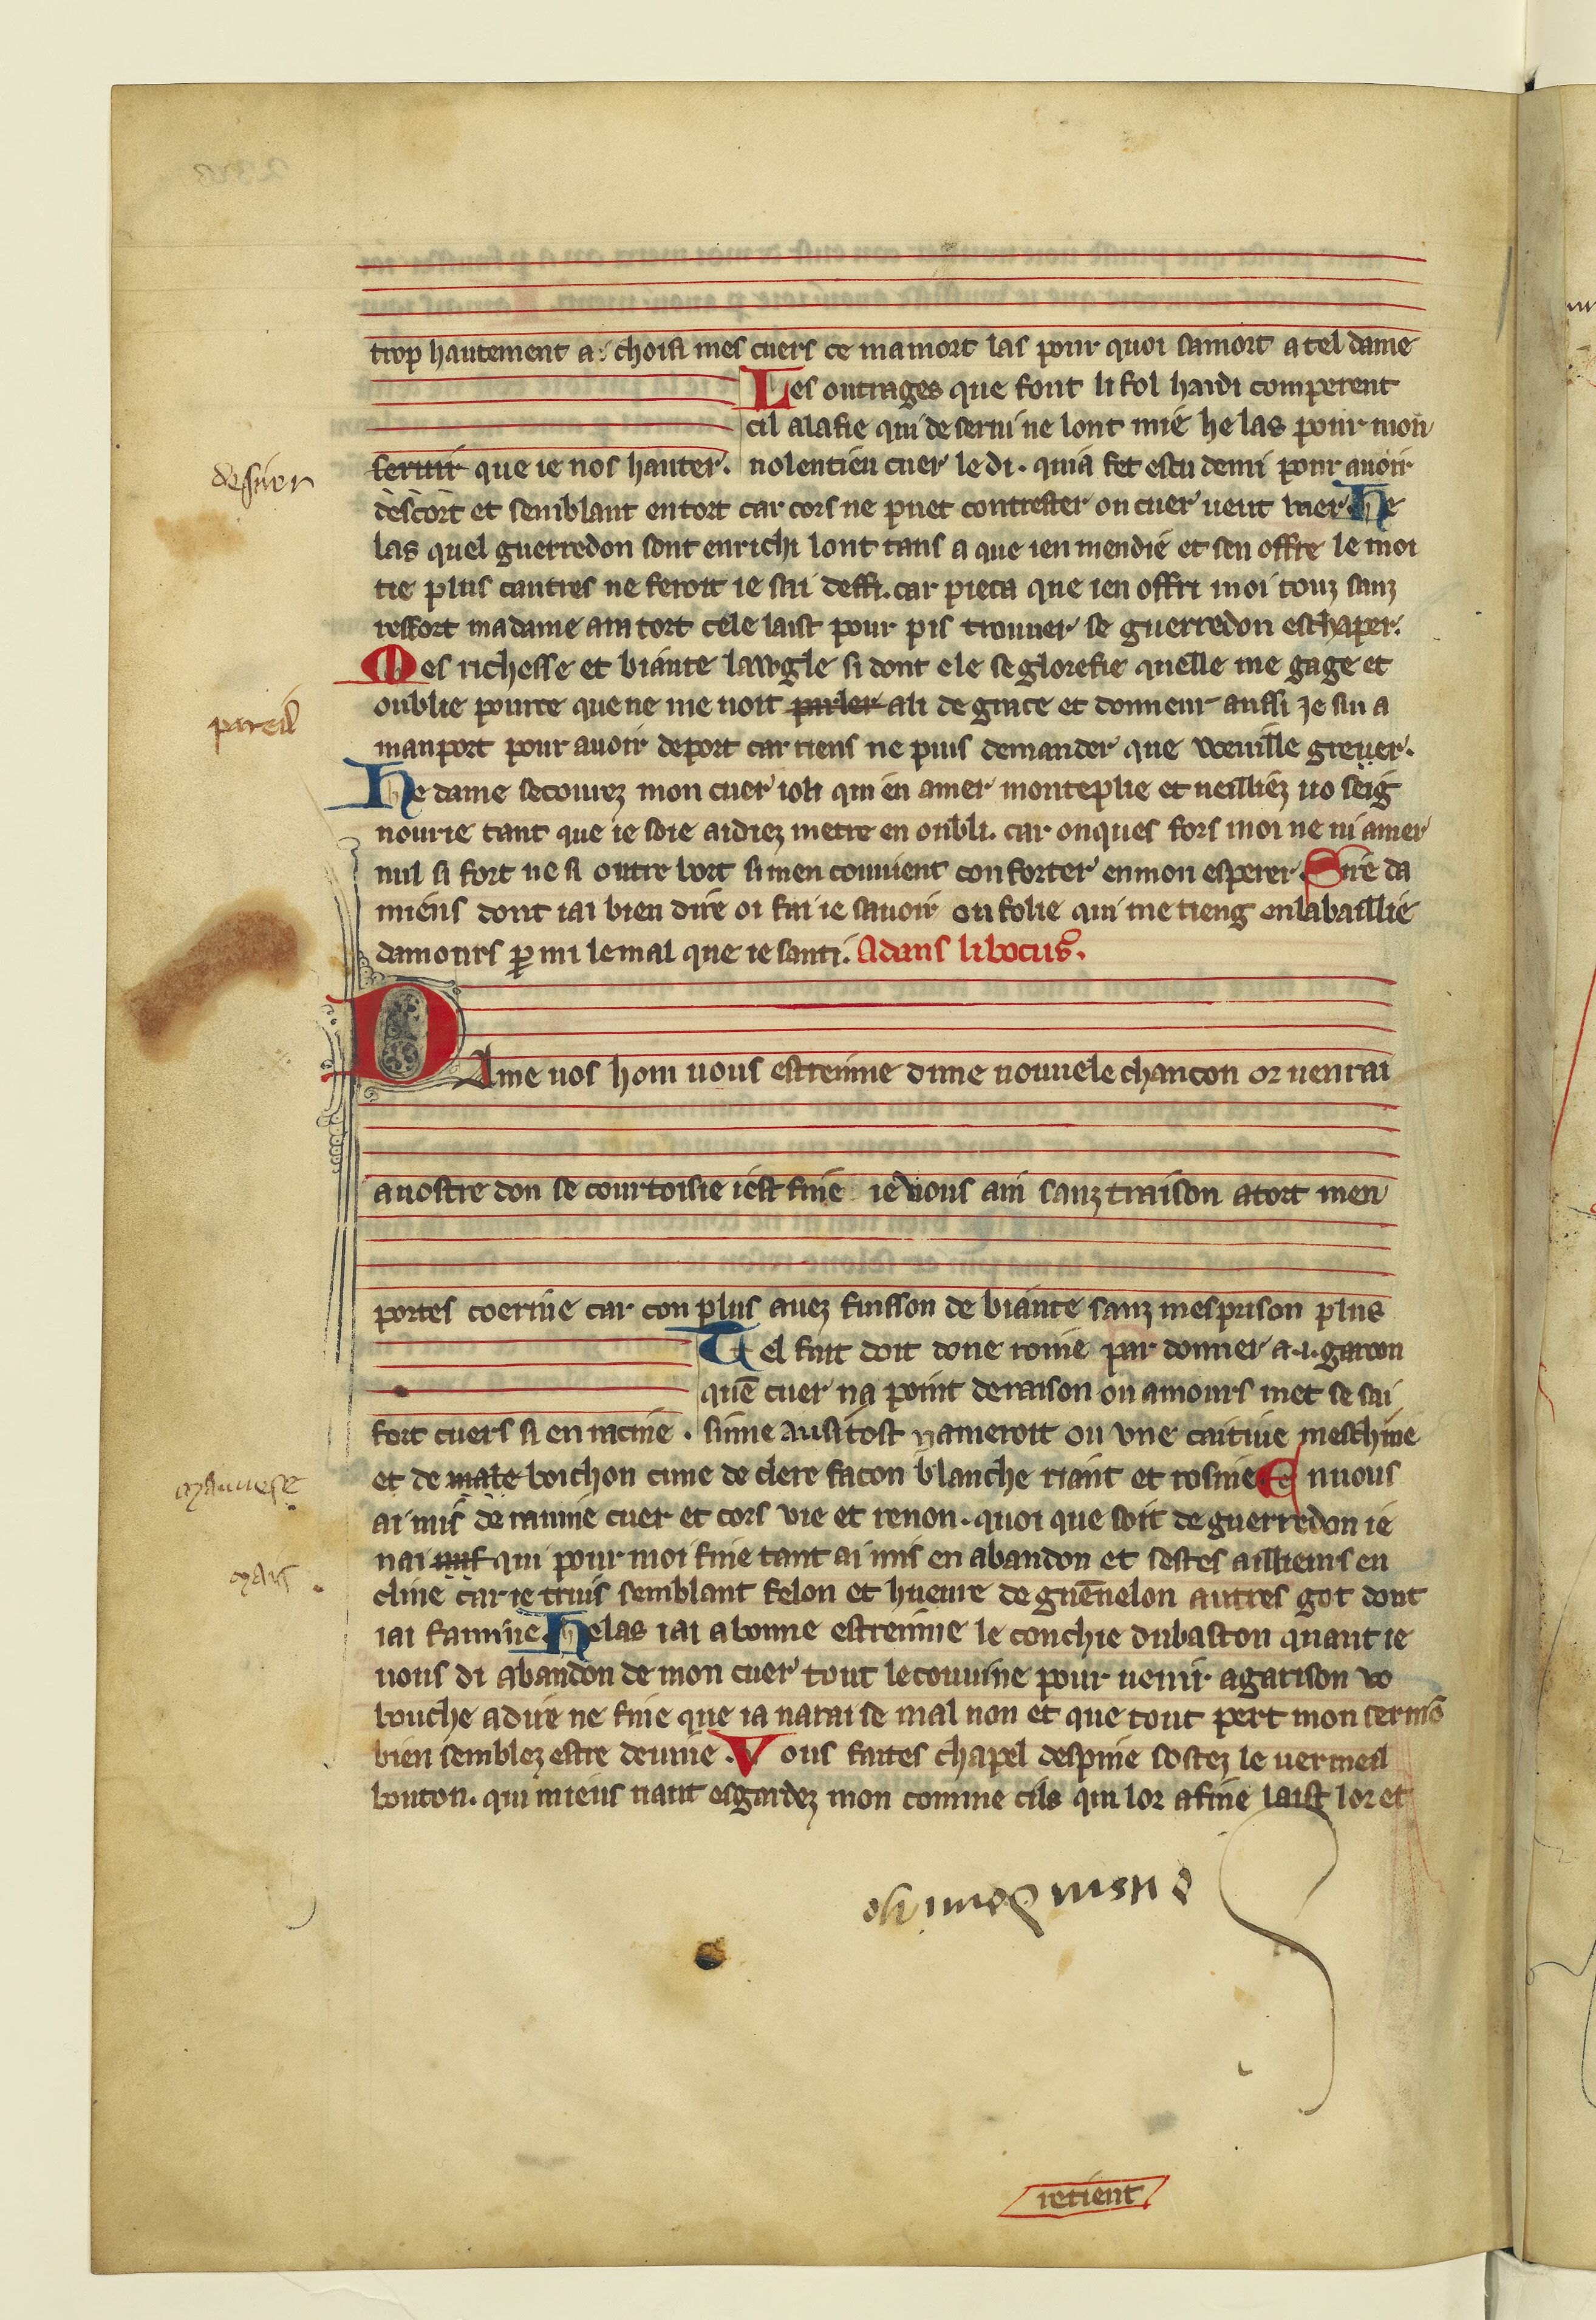
Shelfmark: Paris, BnF, fr. 12615
Century: 13